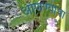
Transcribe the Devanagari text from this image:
अाणण्याचा